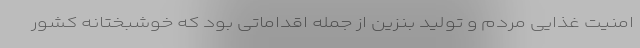
امنیت غذایی مردم و تولید بنزین از جمله اقداماتی بود که خوشبختانه کشور